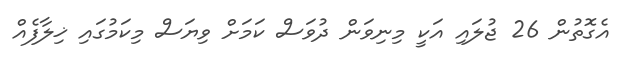
އެގޮތުން 26 ޖުލައި އަކީ މިނިވަން ދުވަސް ކަމަށް ވިޔަސް މިކަމުގައި ޚިލާފެއް